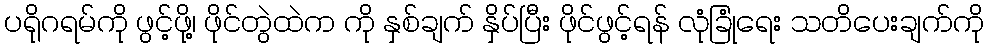
ပရိုဂရမ်ကို ဖွင့်ဖို့၊ ဖိုင်တွဲထဲက ကို နှစ်ချက် နှိပ်ပြီး ဖိုင်ဖွင့်ရန် လုံခြုံရေး သတိပေးချက်ကို